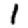
Digit: 1